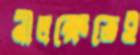
নীলক্ষেতেই